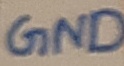
Text: GND